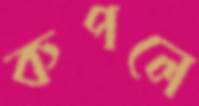
কপলে